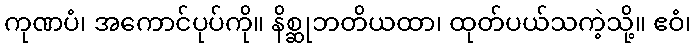
ကုဏပံ၊ အကောင်ပုပ်ကို။ နိစ္ဆုဘတိယထာ၊ ထုတ်ပယ်သကဲ့သို့။ ဧဝံ၊